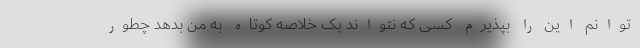
‌توانم این را بپذیرم کسی که نتواند یک خلاصه کوتاه به من بدهد چطور